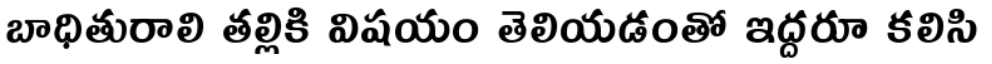
బాధితురాలి తల్లికి విషయం తెలియడంతో ఇద్దరూ కలిసి